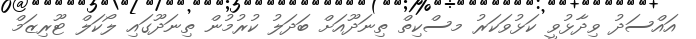
އައްސަދު ވިދާޅުވީ ކަޅުވަކަރު މސްކިތް ތިނަދޫއަށް ބަދަލު ކުރުމުން ތިނަދޫގައި ލޯކަލް ޓޫރިޒަމް